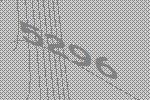
5296